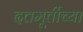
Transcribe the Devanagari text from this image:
दत्तमूर्तीच्या